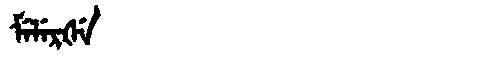
Manchu: ᠮᡝᠯᡝᡵᡧᡝ
Romanization: MELERŠE